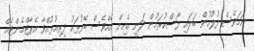
ނަމަވެސް ފުލުހުން ބަލައި ފާސްކުރަމުން ދަނީ އެއިން އެއްވެސް ބޭފުޅަކު ދިރިއުޅުއްވާ އެޕާޓްމެންޓެއް